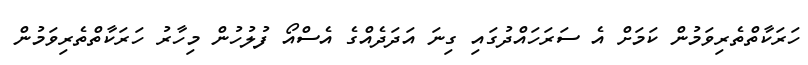
ހަރަކާތްތެރިވަމުން ކަމަށް އެ ސަރަހައްދުގައި ގިނަ އަދަދެއްގެ އެސްއޯ ފުލުހުން މިހާރު ހަރަކާތްތެރިވަމުން